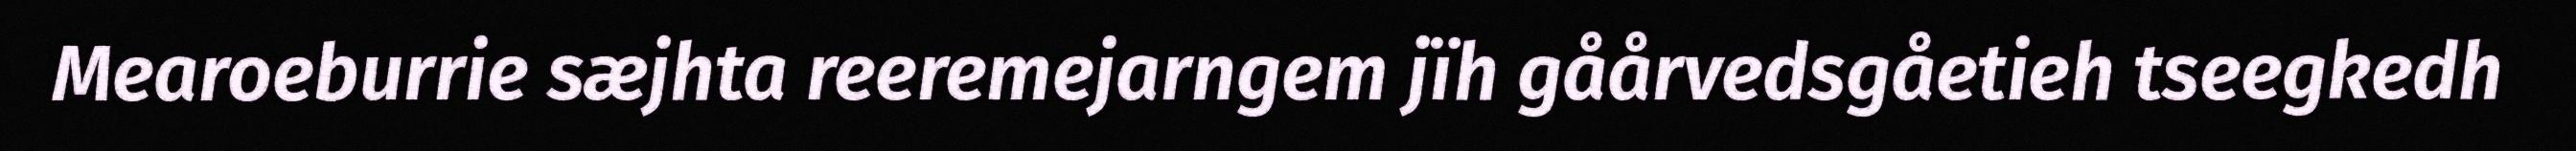
Mearoeburrie sæjhta reeremejarngem jïh gåårvedsgåetieh tseegkedh